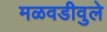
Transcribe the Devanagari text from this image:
मळवडीवुले